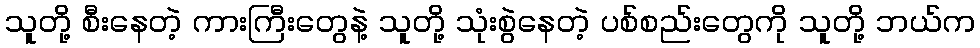
သူတို့ စီးနေတဲ့ ကားကြီးတွေနဲ့ သူတို့ သုံးစွဲနေတဲ့ ပစ်စည်းတွေကို သူတို့ ဘယ်က